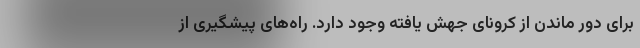
برای دور ماندن از کرونای جهش یافته وجود دارد. راه‌های پیشگیری از